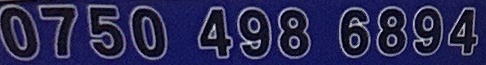
0750 498 6894